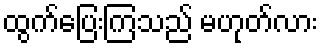
ထွက်ပြေးကြသည် မဟုတ်လား